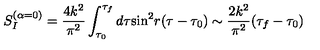
S _ { I } ^ { ( \alpha = 0 ) } = \frac { 4 k ^ { 2 } } { \pi ^ { 2 } } \int _ { \tau _ { 0 } } ^ { \tau _ { f } } d \tau { } { \sin } ^ { 2 } r ( \tau - \tau _ { 0 } ) \sim \frac { 2 k ^ { 2 } } { \pi ^ { 2 } } ( \tau _ { f } - \tau _ { 0 } )